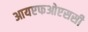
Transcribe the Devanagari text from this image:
आयएफओएससी